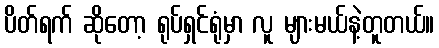
ပိတ်ရက် ဆိုတော့ ရုပ်ရှင်ရုံမှာ လူ များမယ်နဲ့တူတယ်။